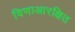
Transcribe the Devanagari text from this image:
विणाआरक्षित